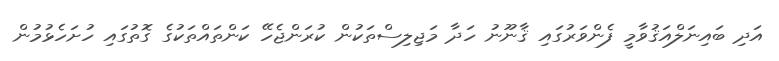
އަދި ބައިނަލްއަޤުވާމީ ފެންވަރުގައި ޤާނޫނު ހަދާ މަޖިލިސްތަކުން ކުރަންޖެހޭ ކަންތައްތަކުގެ ގޮތުގައި ހުށަހެޅުމުން